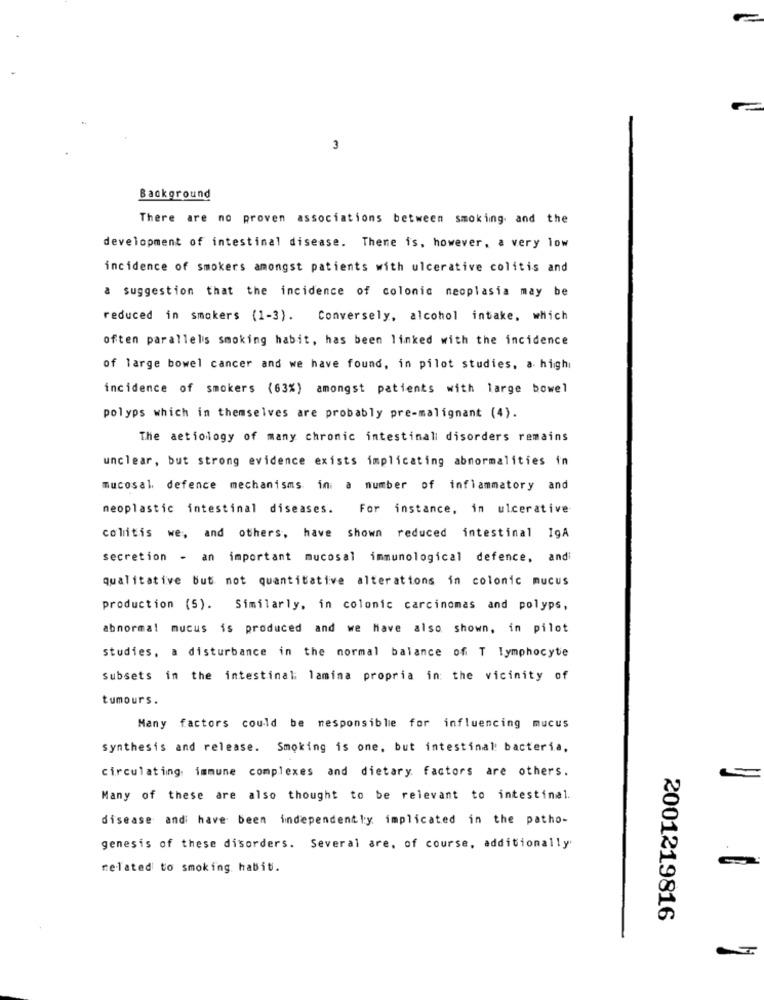
3
Background
There are no proven associations between smoking and the
development of intestinal disease. Thene is, however, a very low
incidence of smokers amongst patients with ulcerative colitis and
a suggestion that the incidence of colonic neoplasia may be
reduced in smokers (1-3). Conversely, alcohol intake, which
often parallels smoking habit, has been linked with the incidence
of large bowel cancer and we have found, in pilot studies, a high
incidence of smokers (63%) amongst patients with large bowel
polyps which in themselves are probably pre-malignant (4) .
The aetiology of many chronic intestinali disorders remains
unclear, but strong evidence exists implicating abnormalities in
mucosal defence mechanisms in a number of inflammatory and
neoplastic intestinal diseases.
For instance, in ulcerative
colitis we, and others, have shown reduced intestinal IgA
secretion - an important mucosal immunological defence, andi
qualitative but not quantitative alterations in colonic mucus
production (5). Similarly, in colonic carcinomas and polyps,
abnormal mucus is produced and we have also shown, in pilot
studies, a disturbance in the normal balance of T lymphocyte
Subsets in the intestinal: lamina propria in the vicinity of
tumours.
Many factors could be nesponsible for influencing mucus
synthesis and release. Smoking is one, but intestinal bacteria,
circulating immune complexes and dietary factors are others.
Many of these are also thought to be relevant to intestinal.
disease and have been independently implicated in the patho-
genesis of these disorders. Several are, of course, additionally
related to smoking habit.
2001219816